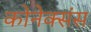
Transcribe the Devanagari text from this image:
कोनेक्संस